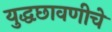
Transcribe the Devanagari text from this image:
युद्धछावणीचे